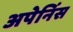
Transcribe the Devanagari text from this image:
अपेनिंस